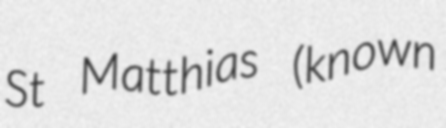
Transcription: St Matthias (known